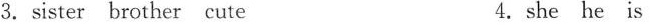
3.sister brother cute 4.she he is